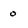
Character: 0